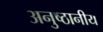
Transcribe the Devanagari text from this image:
अनुष्ठानीय